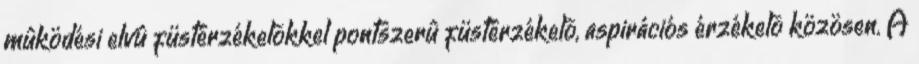
mûködési elvû füstérzékelõkkel pontszerû füstérzékelõ, aspirációs érzékelõ közösen. A